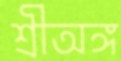
শ্রীঅঙ্গ